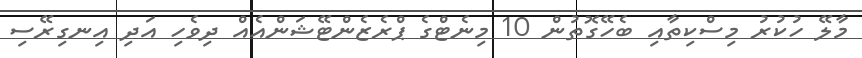
މާލޭ ހުކުރު މިސްކިތާއި ބެހޭގޮތުން 10 މިނެޓްގެ ޕްރެޒެންޓޭޝަންއެއް ދިވެހި އަދި އިނގިރޭސި